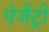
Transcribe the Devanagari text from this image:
पेजैंट्री